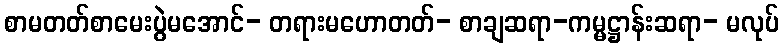
စာမတတ်စာမေးပွဲမအောင်- တရားမဟောတတ်- စာချဆရာ-ကမ္မဋ္ဌာန်းဆရာ- မလုပ်